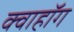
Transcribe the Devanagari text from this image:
क्वाहॉग